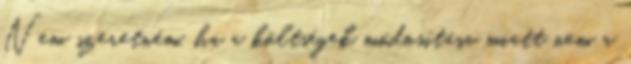
Nem szeretném, ha a költségek módosítása miatt nem a